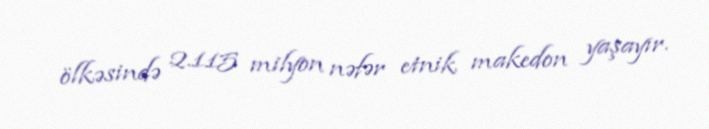
ölkəsində 2.115 milyon nəfər etnik makedon yaşayır.